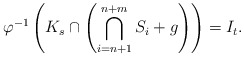
\begin{align*} \varphi^{-1}\left(K_s\cap\left(\bigcap_{i=n+1}^{n+m}S_i+g\right)\right)=I_t.\end{align*}